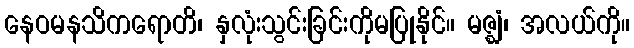
နေဝမနသိကရောတိ၊ နှလုံးသွင်းခြင်းကိုမပြုနိုင်။ မဇ္ဈံ၊ အလယ်ကို။